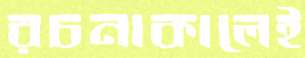
রচনাকালেই